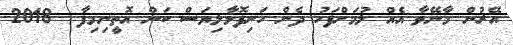
އޭރުން މާނޭވާ އެއް ލުމަށްފަހު ދެން ހަށިފޮޅާލިޔަސް ކަން އޮތީނިމިފާ  2018